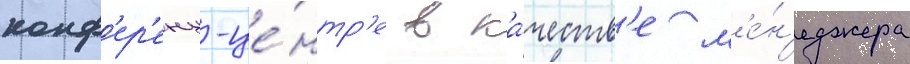
конф'ер'енц-це́нтр'е в ка́честв'е м'е́н'еджера